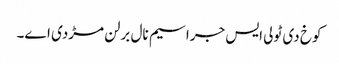
کوخ دی ٹولی ایس جراسیم نال برلن مڑدی اے۔